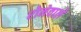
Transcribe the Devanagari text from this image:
रोनेवाले